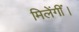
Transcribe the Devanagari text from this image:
मिलेंगीं।